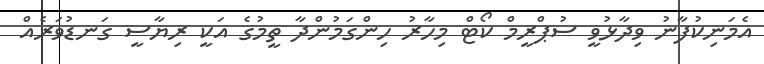
އެމަނިކުފާނު ވިދާޅުވީ ސުޕްރީމް ކޯޓް މިހާރު ހިންގަމުންދާ ތީމުގެ އަކީ ރިޔާސީ ގަނޑުވަރެއް